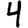
Digit: 4